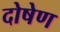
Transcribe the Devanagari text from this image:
दोषेण